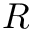
\cal R